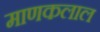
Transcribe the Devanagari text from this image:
माणकलाल